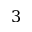
3